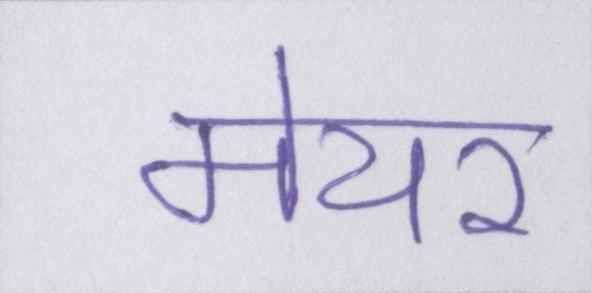
मेयर